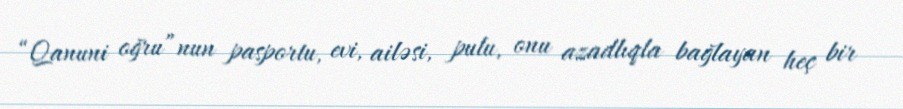
“Qanuni oğru”nun pasportu, evi, ailəsi, pulu, onu azadlıqla bağlayan heç bir